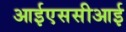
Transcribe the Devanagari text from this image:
आईएससीआई